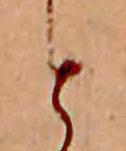
と